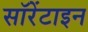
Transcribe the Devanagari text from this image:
सॉरेंटाइन